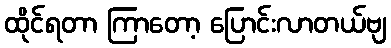
ထိုင်ရတာ ကြာတော့ ပြောင်းလာတယ်ဗျ